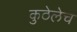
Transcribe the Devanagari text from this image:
कुठेलेच